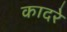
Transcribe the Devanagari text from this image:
कादरे